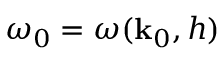
\omega _ { 0 } = \omega ( \mathbf { k } _ { 0 } , h )